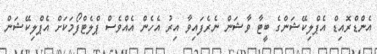
އެންޑްރޮއިޑް އެޕްލިކޭޝަންގެ ބީޓާ ވާޝަން ނެރެފައިވާ އިރު އެހެން އެއްވެސް ޕްލެޓްފޯމަކަށް އެޕްލިކޭޝަން